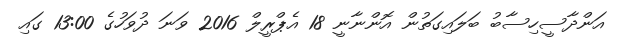
އަންދާސީހިސާބު ބަލައިގަތުން އޮންނާނީ 18 އެޕްރީލް 2016 ވަނަ ދުވަހުގެ 13:00 ގައި